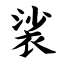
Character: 裟